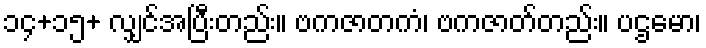
၁၄+၁၅+ လျှင်အပြီးတည်း။ ဗကဇာတကံ၊ ဗကဇာတ်တည်း။ ပဌမော၊